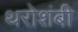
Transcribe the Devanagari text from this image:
थरोशंबी